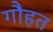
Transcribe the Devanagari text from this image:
गौहत